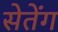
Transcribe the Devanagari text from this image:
सेतेंग